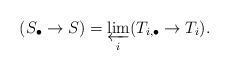
\begin{align*}(S_\bullet \to S) = \varprojlim_i (T_{i,\bullet} \to T_i).\end{align*}